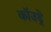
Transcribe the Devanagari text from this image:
कॉउड्रे